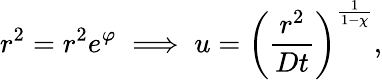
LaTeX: r^{2}=r^{2}e^{\varphi}\implies u=\left(\frac{r^{2}}{Dt}\right)^{\frac{1}{1-\chi}},